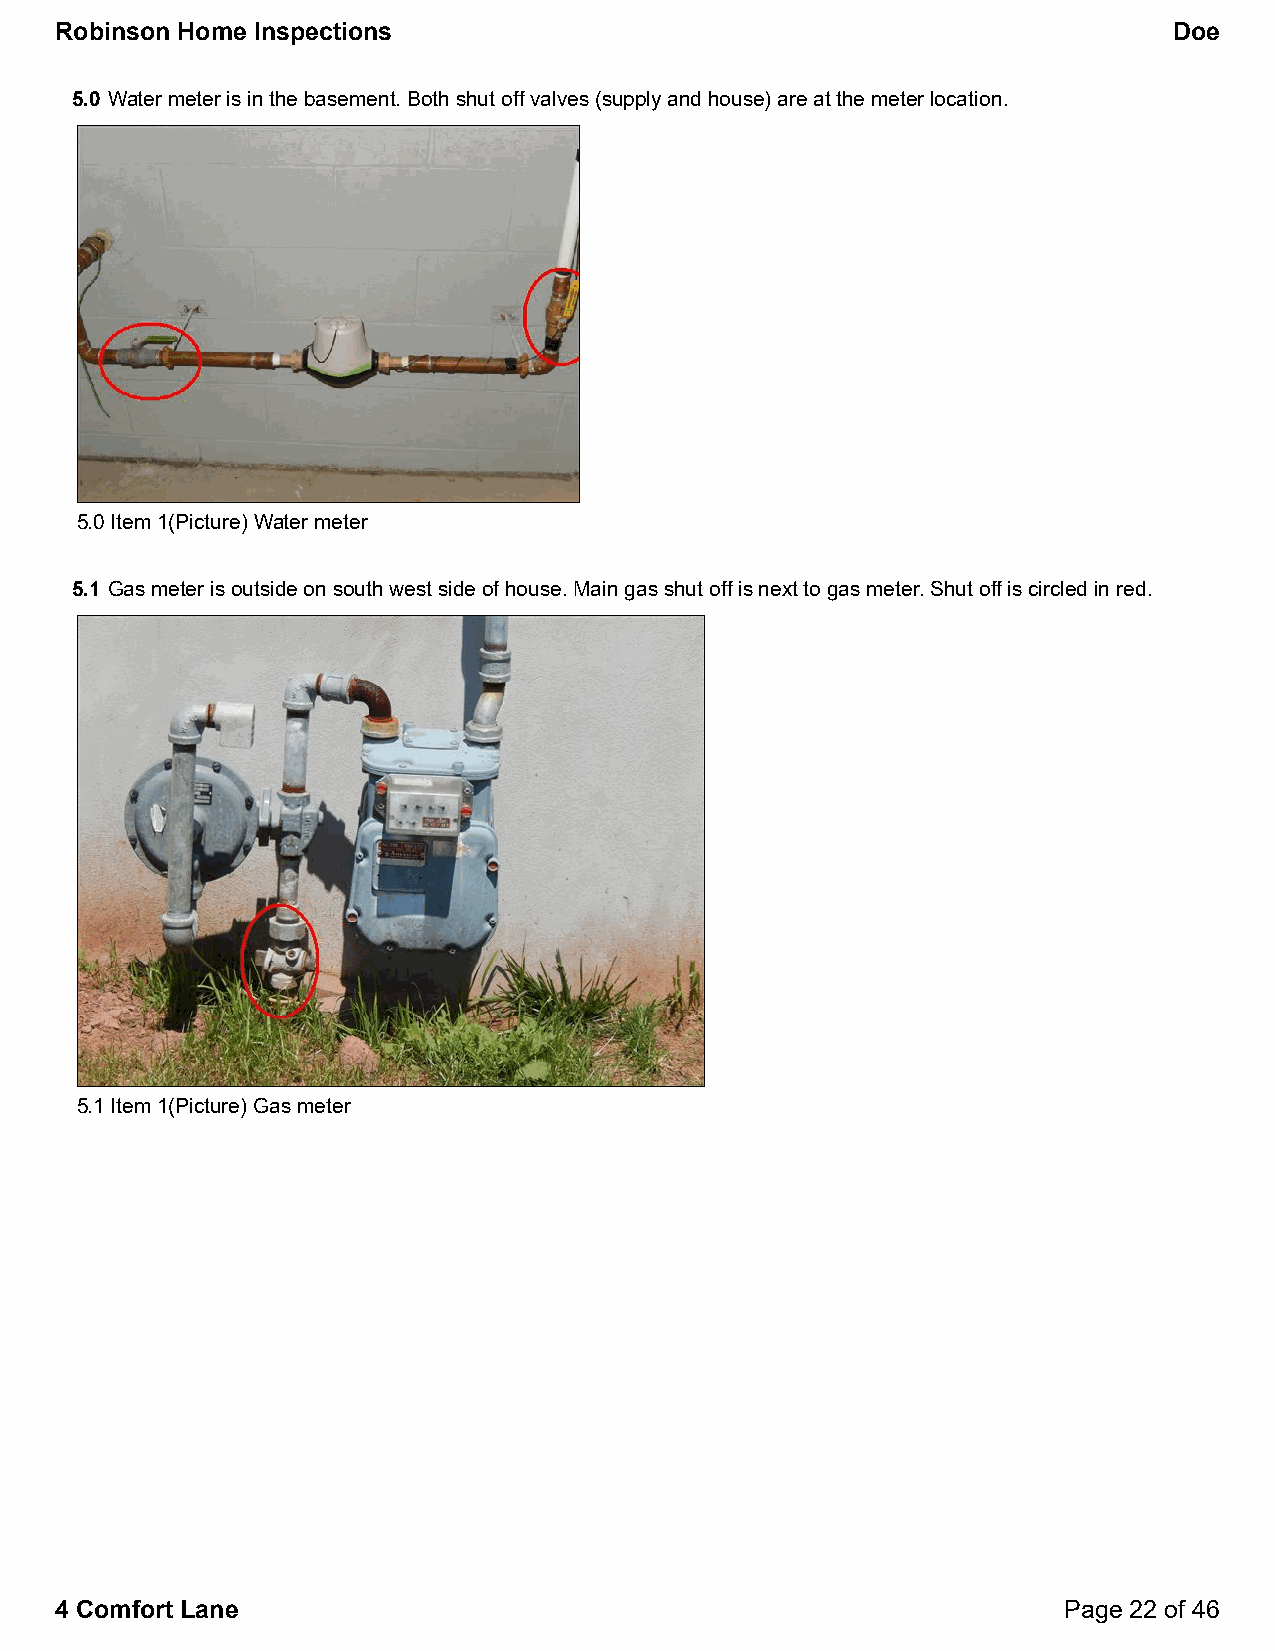
Robinson Home Inspections                                                 Doe
 5.0 Water meter is in the basement. Both shut off valves (supply and house) are at the meter location.
 5.0 Item 1(Picture) Water meter
 5.1 Gas meter is outside on south west side of house. Main gas shut off is next to gas meter. Shut off is circled in red.
 5.1 Item 1(Picture) Gas meter
 4 Comfort Lane                                                    Page 22 of 46